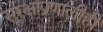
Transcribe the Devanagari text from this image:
सुरक्षाप्रणालीही